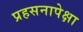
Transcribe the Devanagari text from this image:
प्रहसनापेक्षा